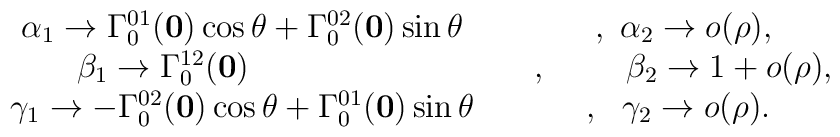
\begin{array}{ccc}&\alpha_1\to \Gamma^{01}_0({\bf 0}) \cos\theta+\Gamma^{02}_0 ({\bf 0})\sin\theta &\ \ \ , \  \alpha_2\to o(\rho),\\&\beta_1\to \Gamma^{12}_0({\bf 0})\phantom{\cos\theta+c_2 si} &\ \ \ ,\ \ \ \   \phantom{aa}\beta_2\to 1+o(\rho),\\&\gamma_1\to -\Gamma^{02}_0({\bf 0}) \cos\theta+\Gamma^{01}_0({\bf 0}) \sin\theta  & \ \ ,\ \ \gamma_2\to o(\rho).\end{array}